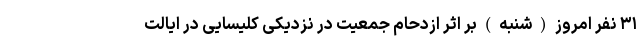
۳۱ نفر امروز ( شنبه ) بر اثر ازدحام جمعیت در نزدیکی کلیسایی در ایالت